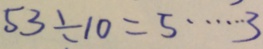
5 3 \div 1 0 = 5 \cdots 3